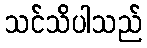
သင်သိပါသည်